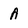
Character: A